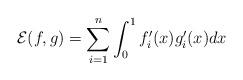
LaTeX: \begin{align*}\mathcal{E} (f,g)=\sum_{i=1}^n \int_0^1 f'_i (x) g_i'(x) dx\end{align*}